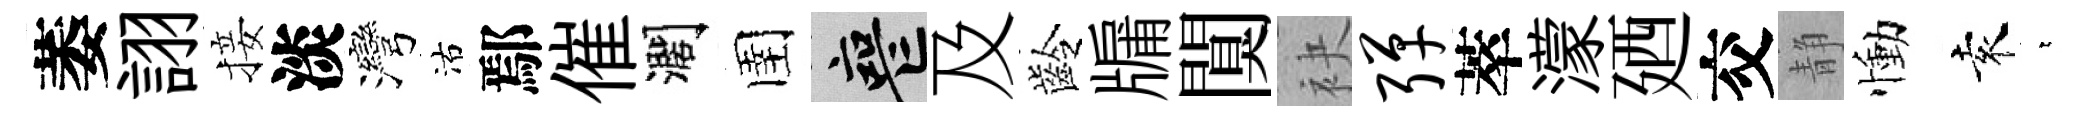
萎詡接淡灣沽鄢催濶圉喪及齡牖闃袂弹萃濛廼交静慟袁萋